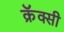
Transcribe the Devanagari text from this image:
क्रॅक्सी